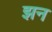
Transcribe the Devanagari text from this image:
झन